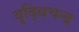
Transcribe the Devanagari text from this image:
वृद्धिचन्द्र